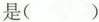
是( )